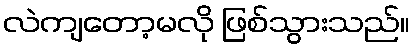
လဲကျတော့မလို ဖြစ်သွားသည်။